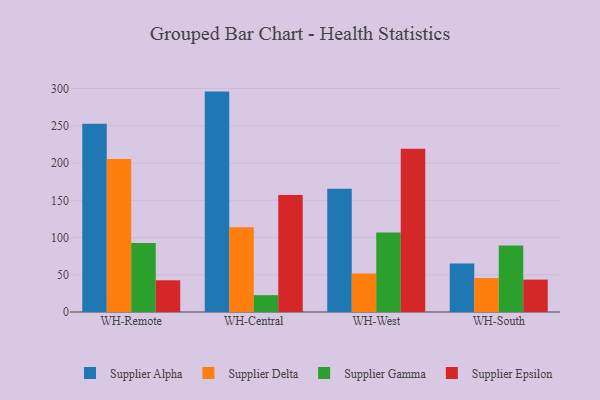
{"axis": {"x": "Warehouse", "y": "Latency (ms)"}, "legend": ["Supplier Alpha", "Supplier Delta", "Supplier Epsilon", "Supplier Gamma"], "data": [{"x": "WH-Remote", "y": 252.9, "type": "Supplier Alpha"}, {"x": "WH-Remote", "y": 205.5, "type": "Supplier Delta"}, {"x": "WH-Remote", "y": 92.8, "type": "Supplier Gamma"}, {"x": "WH-Remote", "y": 42.6, "type": "Supplier Epsilon"}, {"x": "WH-Central", "y": 296.0, "type": "Supplier Alpha"}, {"x": "WH-Central", "y": 113.9, "type": "Supplier Delta"}, {"x": "WH-Central", "y": 22.6, "type": "Supplier Gamma"}, {"x": "WH-Central", "y": 157.0, "type": "Supplier Epsilon"}, {"x": "WH-West", "y": 165.6, "type": "Supplier Alpha"}, {"x": "WH-West", "y": 51.6, "type": "Supplier Delta"}, {"x": "WH-West", "y": 106.9, "type": "Supplier Gamma"}, {"x": "WH-West", "y": 219.4, "type": "Supplier Epsilon"}, {"x": "WH-South", "y": 65.3, "type": "Supplier Alpha"}, {"x": "WH-South", "y": 45.7, "type": "Supplier Delta"}, {"x": "WH-South", "y": 89.2, "type": "Supplier Gamma"}, {"x": "WH-South", "y": 43.5, "type": "Supplier Epsilon"}]}